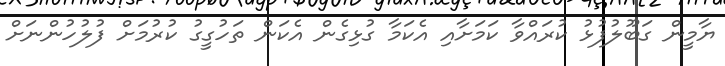
ޔާމީން ގަބޫލުފުޅު ކުރައްވާ ކަމަށާއި އެކަމާ ގުޅިގެން އެކަން ތަހުގީގު ކުރުމަށް ފުލުހުންނަށް